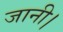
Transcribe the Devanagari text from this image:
जानी।